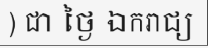
) ជា ថ្ងៃ ឯករាជ្យ